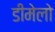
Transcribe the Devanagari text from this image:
डीमेलो